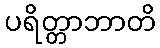
ပရိတ္တာဘာတိ